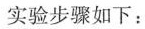
实验步骤如下：